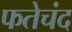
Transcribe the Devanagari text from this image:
फतेचंद